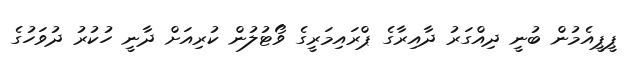
ޕީޕީއެމުން ބުނީ ދިއްގަރު ދާއިރާގެ ޕްރައިމަރީގެ ވޯޓުލުން ކުރިއަށް ދާނީ ހުކުރު ދުވަހުގެ